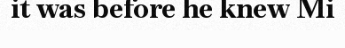
it was before he knew Mi